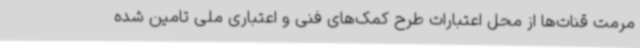
مرمت قنات‌ها از محل اعتبارات طرح کمک‌های فنی و اعتباری ملی تامین شده